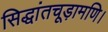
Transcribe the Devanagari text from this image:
सिद्धांतचूड़ामणि।